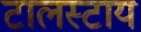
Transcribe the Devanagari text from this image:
टालस्‍टाय